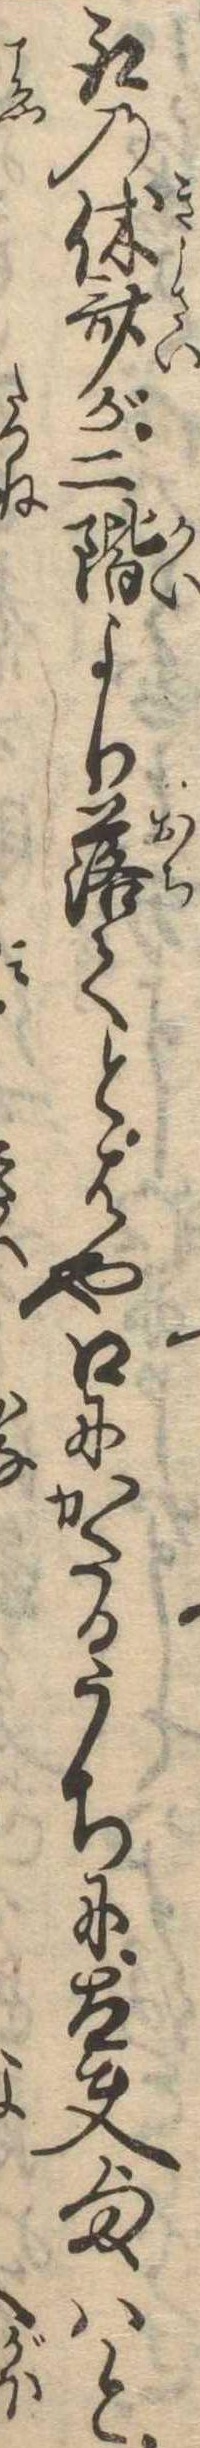
取の休斎が二階より落てとはや口にかたるうちに太夫様はと